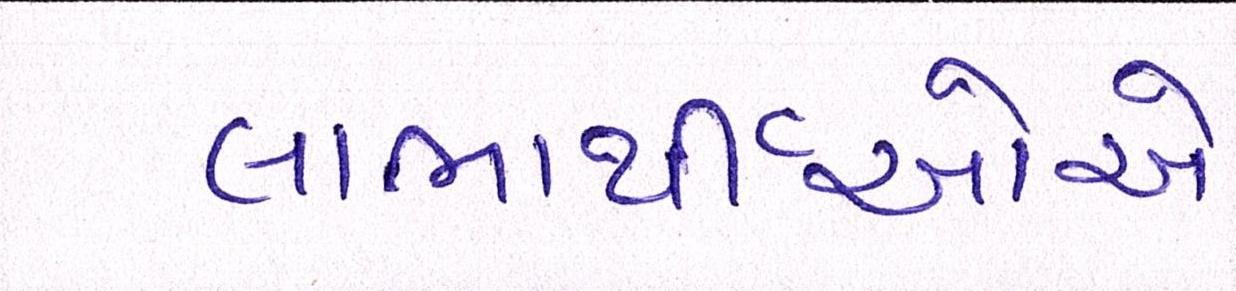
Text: લાભાર્થીઓએ